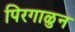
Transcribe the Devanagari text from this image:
पिरगाळुन